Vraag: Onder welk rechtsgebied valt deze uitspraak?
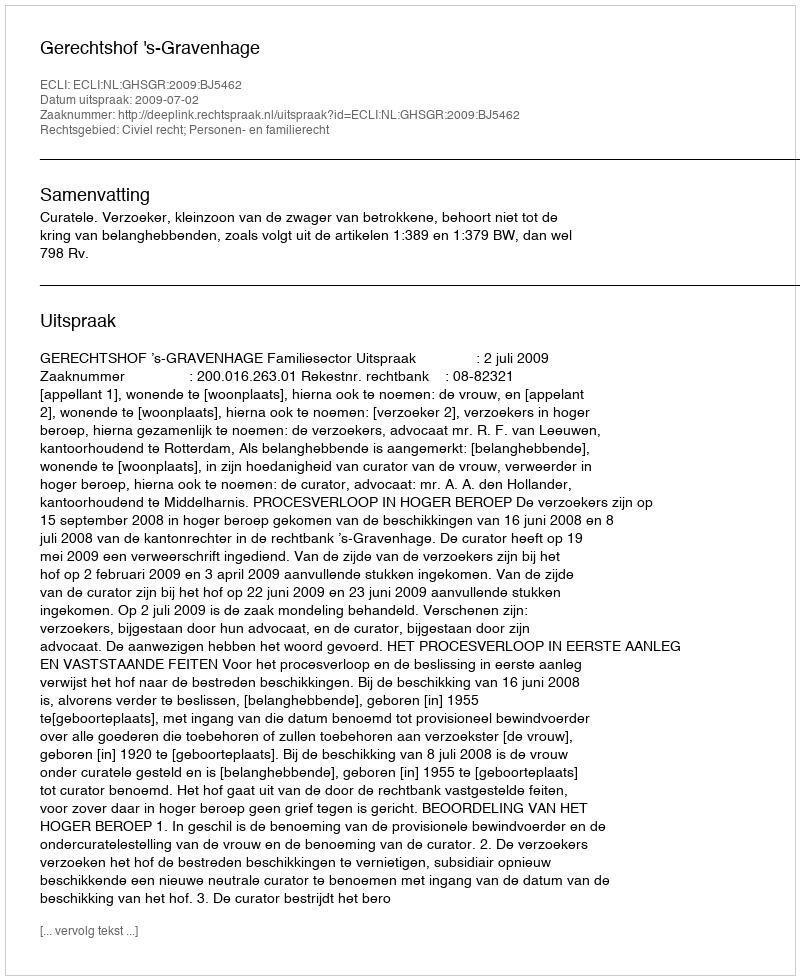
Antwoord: Civiel recht; Personen- en familierecht